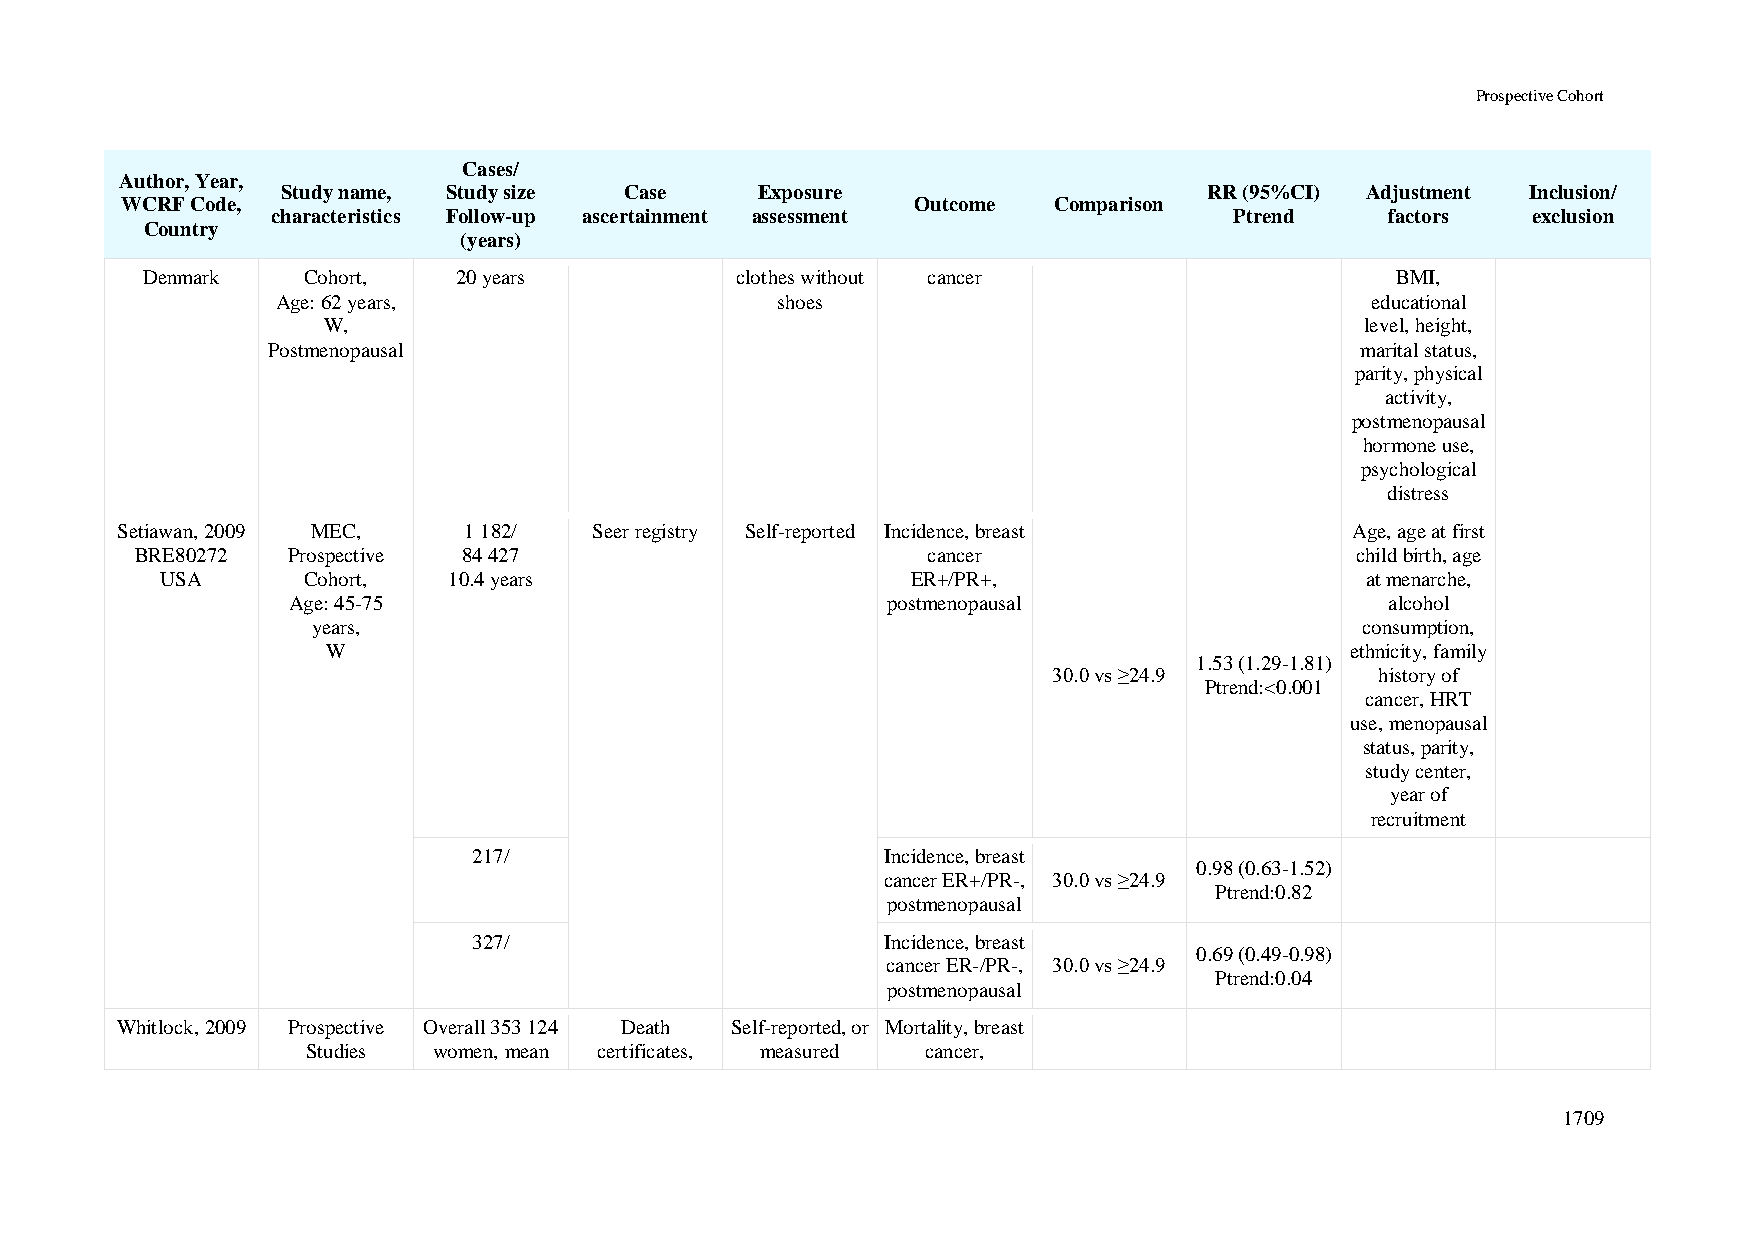
Prospective Cohort
 Cases/
 Author, Year,
 Study name, Study size Case    Exposure                      RR (95%CI) Adjustment Inclusion/
 WCRF Code,                                           Outcome  Comparison
 characteristics Follow-up ascertainment assessment              Ptrend    factors  exclusion
 Country
 (years)
 Denmark    Cohort,   20 years           clothes without cancer                     BMI,
 Age: 62 years,                   shoes                                   educational
 W,                                                                   level, height,
 Postmenopausal                                                          marital status,
 parity, physical
 activity,
 postmenopausal
 hormone use,
 psychological
 distress
 Setiawan, 2009 MEC,    1 182/  Seer registry Self-reported Incidence, breast      Age, age at first
 BRE80272  Prospective 84 427                        cancer                       child birth, age
 USA      Cohort,   10.4 years                    ER+/PR+,                      at menarche,
 Age: 45-75                              postmenopausal                   alcohol
 years,                                                               consumption,
 W                                                                  ethnicity, family
 1.53 (1.29-1.81)
 30.0 vs ≥24.9        history of
 Ptrend:<0.001
 cancer, HRT
 use, menopausal
 status, parity,
 study center,
 year of
 recruitment
 217/                        Incidence, breast
 0.98 (0.63-1.52)
 cancer ER+/PR-, 30.0 vs ≥24.9
 Ptrend:0.82
 postmenopausal
 327/                        Incidence, breast
 0.69 (0.49-0.98)
 cancer ER-/PR-, 30.0 vs ≥24.9
 Ptrend:0.04
 postmenopausal
 Whitlock, 2009 Prospective Overall 353 124 Death Self-reported, or Mortality, breast
 Studies  women, mean certificates, measured cancer,
 1709